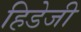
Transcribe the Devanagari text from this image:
हिडेजी